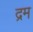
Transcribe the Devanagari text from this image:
द्रम